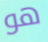
هو